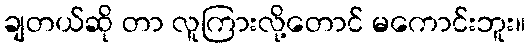
ချတယ်ဆို တာ လူကြားလို့တောင် မကောင်းဘူး။